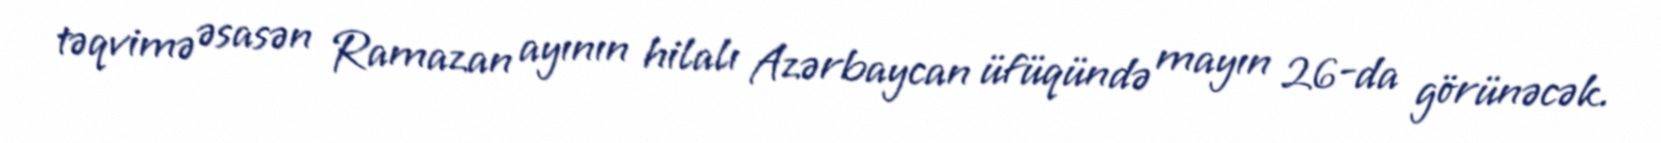
təqvimə əsasən Ramazan ayının hilalı Azərbaycan üfüqündə mayın 26-da görünəcək.